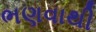
ભણવાથી